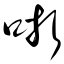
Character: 哳